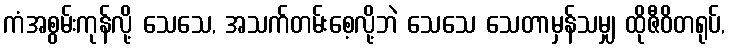
ကံအစွမ်းကုန်လို့ သေသေ, အသက်တမ်းစေ့လို့ဘဲ သေသေ သေတာမှန်သမျှ ထိုဇီဝိတရုပ်,